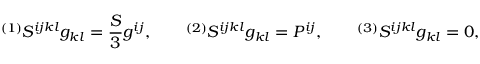
{ } ^ { ( 1 ) } S ^ { i j k l } g _ { k l } = \frac S 3 g ^ { i j } , \qquad { } ^ { ( 2 ) } S ^ { i j k l } g _ { k l } = P ^ { i j } , \qquad { } ^ { ( 3 ) } S ^ { i j k l } g _ { k l } = 0 ,